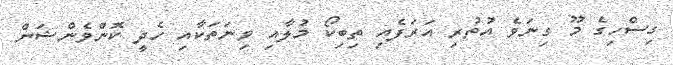
ގިސްހިގެ މޫ ގިނަވެ އުތުރި އަރަފެއި ތިބިކޯ މުލާއި ވިނަތަކާއި ހެދީ ކޮންވެންޝަން